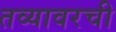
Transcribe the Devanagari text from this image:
तव्यावरची